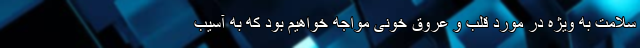
سلامت به ویژه در مورد قلب و عروق خونی مواجه خواهیم بود که به آسیب